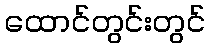
ထောင်တွင်းတွင်